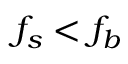
f _ { s } < f _ { b }